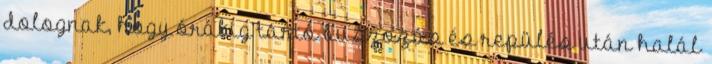
dolognak, hogy órákig tartó buszozás és repülés után halál